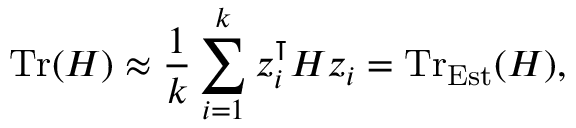
\mathrm { T r } ( H ) \approx \frac { 1 } { k } \sum _ { i = 1 } ^ { k } z _ { i } ^ { \intercal } H z _ { i } = \mathrm { T r } _ { \mathrm { E s t } } ( H ) ,